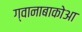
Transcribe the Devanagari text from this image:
ग्वानाबाकोआ